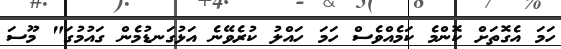
ހަމަ އެގޮތަށް ކޮންމެ ކަމެއްވެސް ހަމަ ހައްލު ކުރެވޭނެ އަޅުގަނޑުމެން ގައުމުގަ" މޫސަ